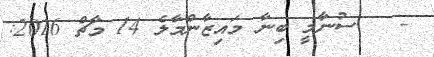
-   ސުނާމީ ބިނާ މައިޒާންމާލެ 14 މާޗް 2016: